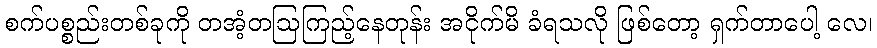
စက်ပစ္စည်းတစ်ခုကို တအံ့တဩကြည့်နေတုန်း အငိုက်မိ ခံရသလို ဖြစ်တော့ ရှက်တာပေါ့ လေ၊